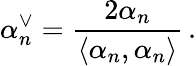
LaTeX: \alpha_{n}^{\vee}=\frac{2\alpha_{n}}{\langle\alpha_{n},\alpha_{n}\rangle}\, .